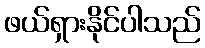
ဖယ်ရှားနိုင်ပါသည်